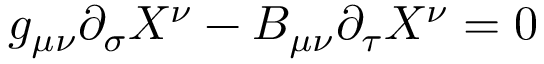
g _ { \mu \nu } \partial _ { \sigma } X ^ { \nu } - B _ { \mu \nu } \partial _ { \tau } X ^ { \nu } = 0